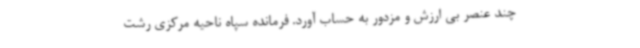
چند عنصر بی ارزش و مزدور به حساب آورد. فرمانده سپاه ناحیه مرکزی رشت